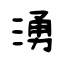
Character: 湧